65_HS1-834228961_62-HQ-83894_Section_1
Agency: FBI
Page 129
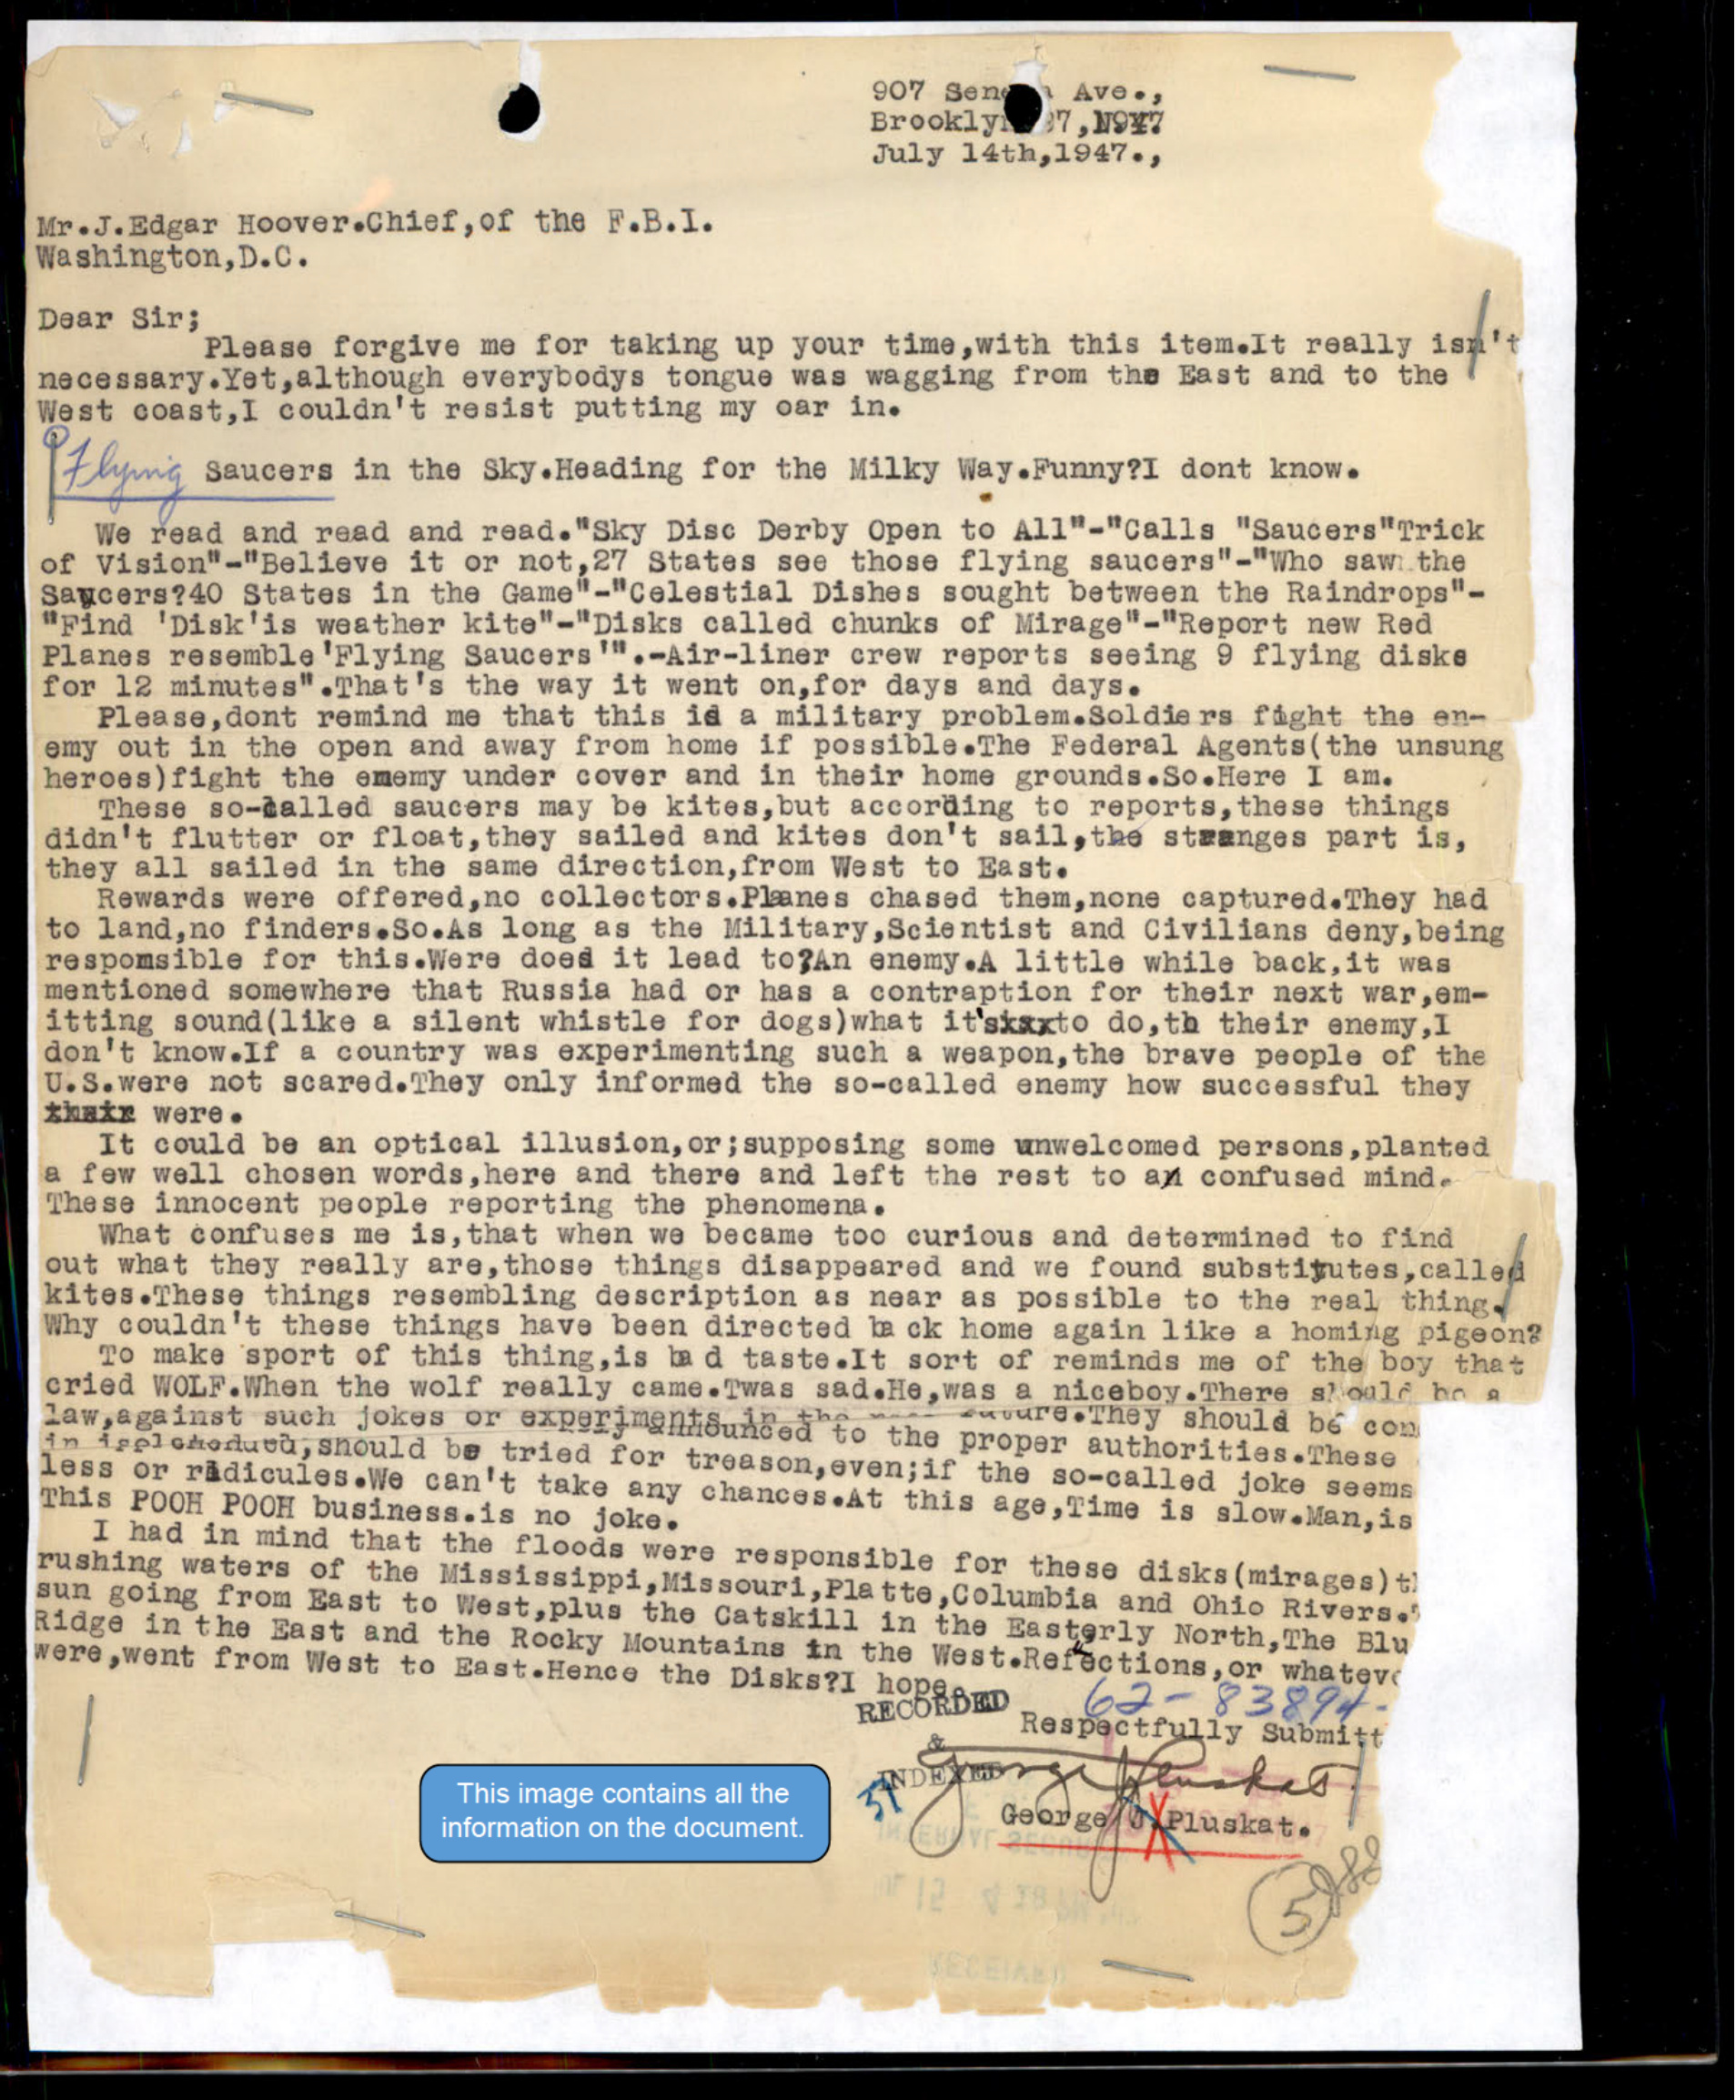